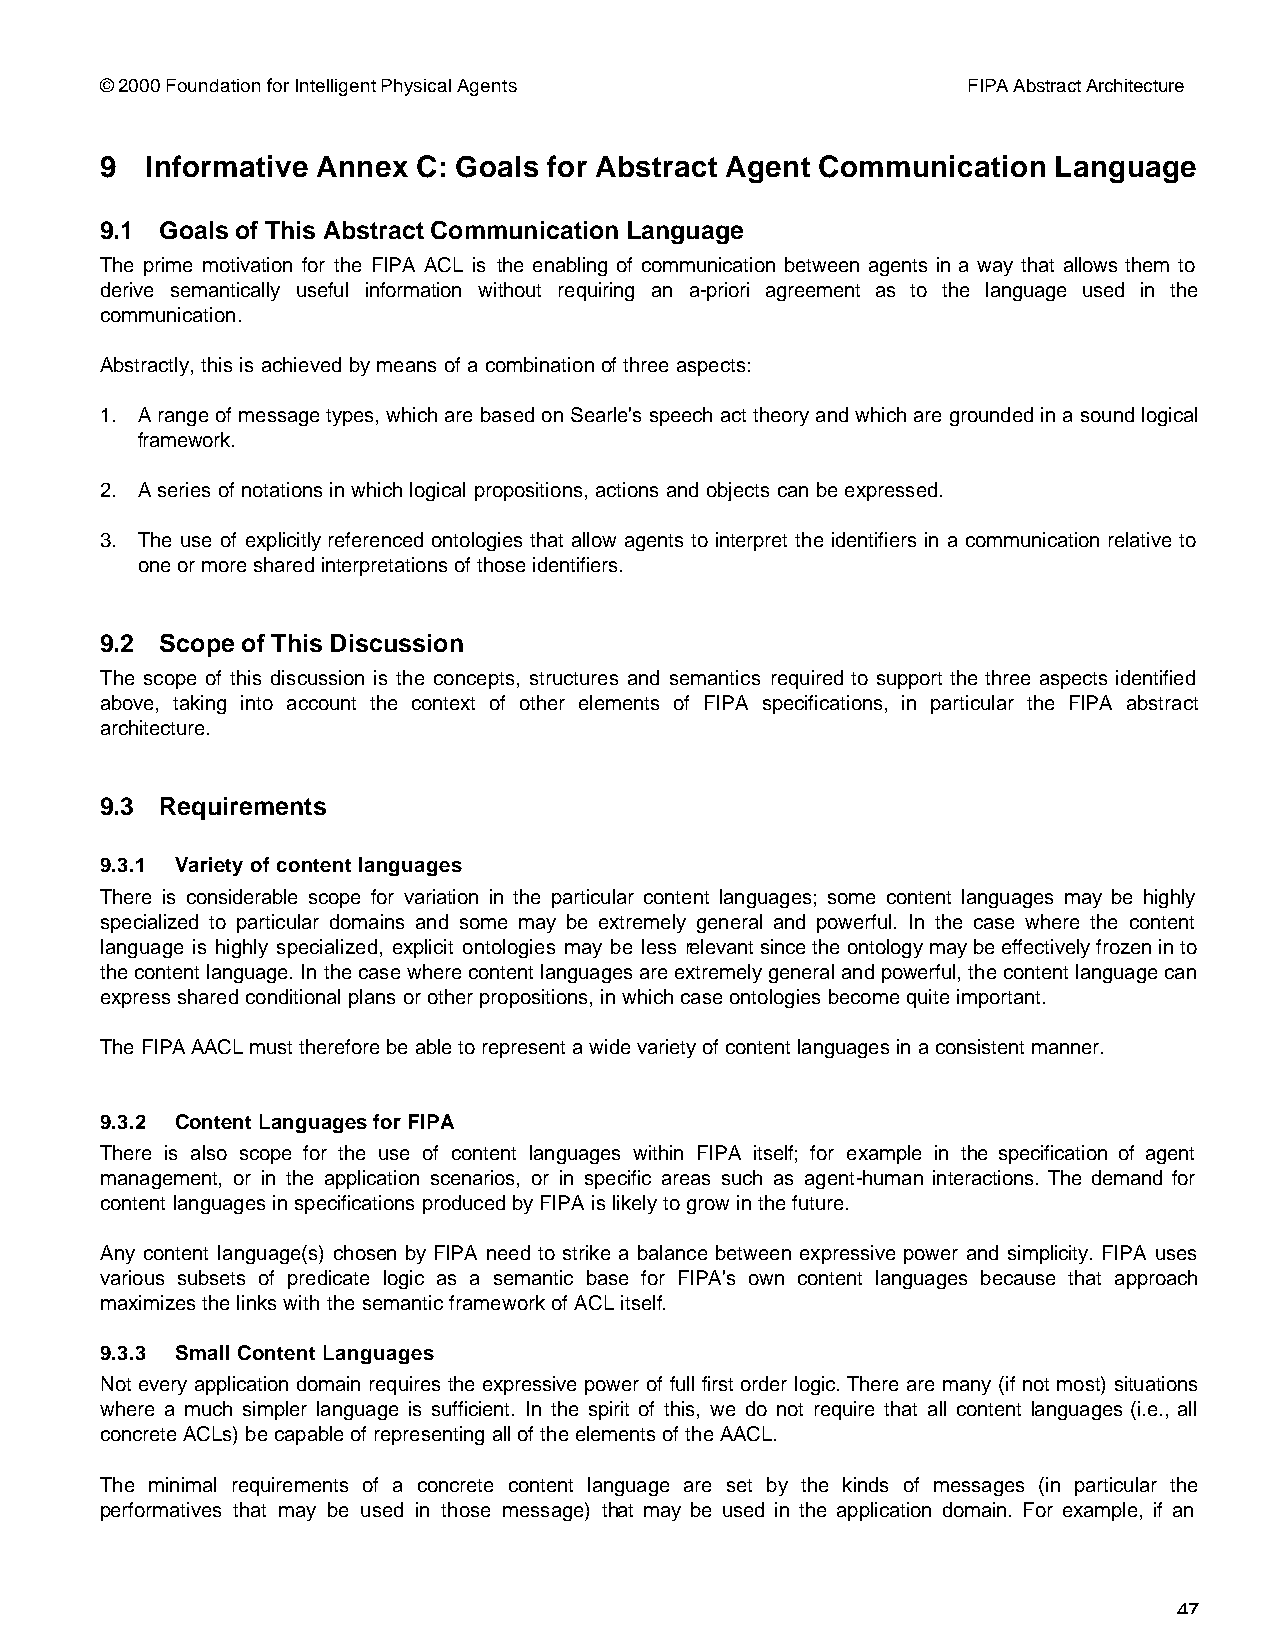
© 2000 Foundation for Intelligent Physical Agents        FIPA Abstract Architecture
 9  Informative Annex C: Goals for Abstract Agent Communication Language
 9.1 Goals of This Abstract Communication Language
 The prime motivation for the FIPA ACL is the enabling of communication between agents in a way that allows them to
 derive semantically useful information without requiring an a-priori agreement as to the language used in the
 communication.
 Abstractly, this is achieved by means of a combination of three aspects:
 1. A range of message types, which are based on Searle's speech act theory and which are grounded in a sound logical
 framework.
 2. A series of notations in which logical propositions, actions and objects can be expressed.
 3. The use of explicitly referenced ontologies that allow agents to interpret the identifiers in a communication relative to
 one or more shared interpretations of those identifiers.
 9.2 Scope of This Discussion
 The scope of this discussion is the concepts, structures and semantics required to support the three aspects identified
 above, taking into account the context of other elements of FIPA specifications, in particular the FIPA abstract
 architecture.
 9.3 Requirements
 9.3.1 Variety of content languages
 There is considerable scope for variation in the particular content languages; some content languages may be highly
 specialized to particular domains and some may be extremely general and powerful. In the case where the content
 language is highly specialized, explicit ontologies may be less relevant since the ontology may be effectively frozen in to
 the content language. In the case where content languages are extremely general and powerful, the content language can
 express shared conditional plans or other propositions, in which case ontologies become quite important.
 The FIPA AACL must therefore be able to represent a wide variety of content languages in a consistent manner.
 9.3.2 Content Languages for FIPA
 There is also scope for the use of content languages within FIPA itself; for example in the specification of agent
 management, or in the application scenarios, or in specific areas such as agent-human interactions. The demand for
 content languages in specifications produced by FIPA is likely to grow in the future.
 Any content language(s) chosen by FIPA need to strike a balance between expressive power and simplicity. FIPA uses
 various subsets of predicate logic as a semantic base for FIPA's own content languages because that approach
 maximizes the links with the semantic framework of ACL itself.
 9.3.3 Small Content Languages
 Not every application domain requires the expressive power of full first order logic. There are many (if not most) situations
 where a much simpler language is sufficient. In the spirit of this, we do not require that all content languages (i.e., all
 concrete ACLs) be capable of representing all of the elements of the AACL.
 The minimal requirements of a concrete content language are set by the kinds of messages (in particular the
 performatives that may be used in those message) that may be used in the application domain. For example, if an
 47